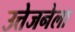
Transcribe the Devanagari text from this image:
उत्तेजनेला